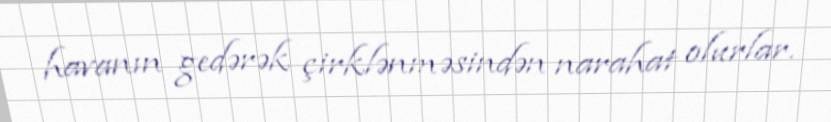
havanın gedərək çirklənməsindən narahat olurlar.